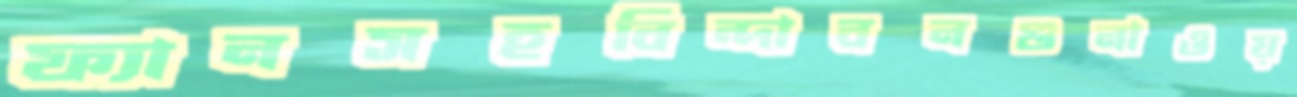
ফ্যানসহবিন্দাবনগুনাওয়